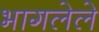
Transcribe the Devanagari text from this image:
भागलेले